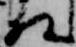
相